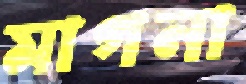
মাগনা